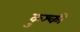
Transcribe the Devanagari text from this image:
कुश्की